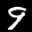
Label: 9